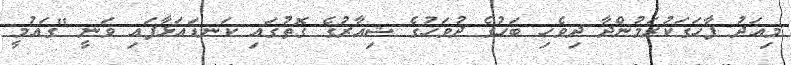
މިއަދު ފާހަގަކުރަމުންދާ ދިވެހި ބަހުގެ ދުވަހުގެ ޝިއާރުގެ ގޮތުގައި ކަނޑައަޅާފައި ވަނީ "ގައުމީ